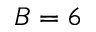
B = 6